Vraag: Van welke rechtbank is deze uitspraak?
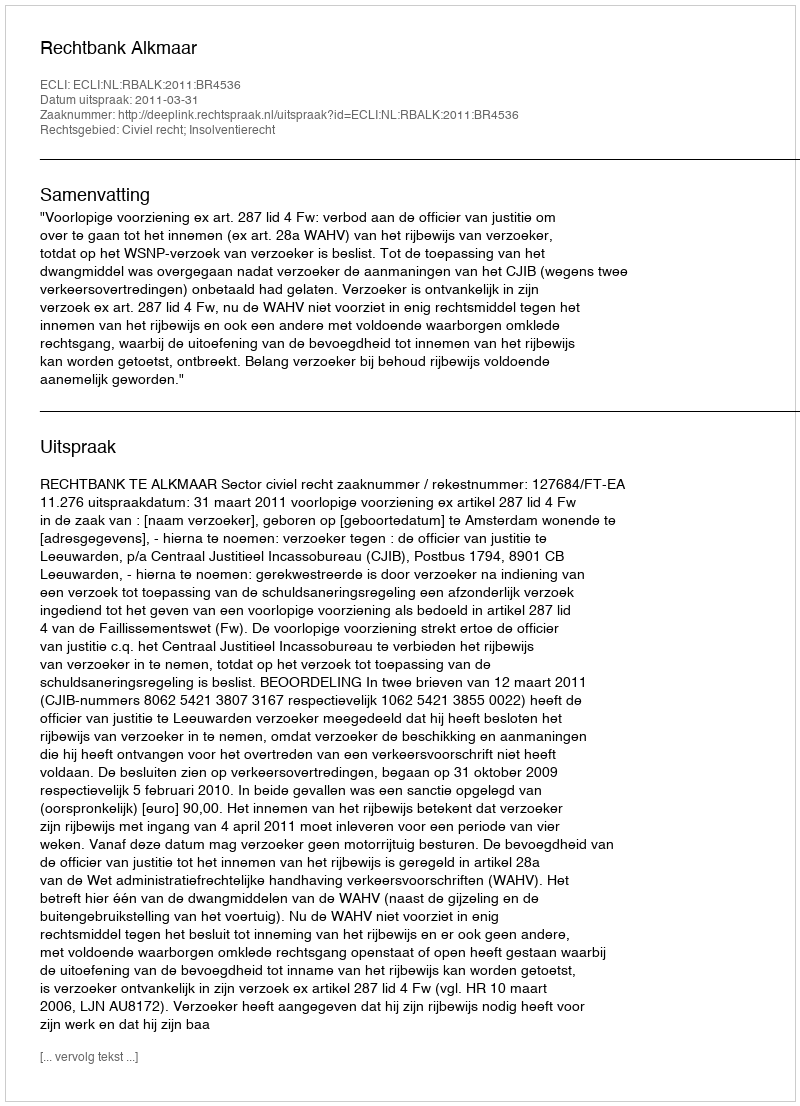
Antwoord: Rechtbank Alkmaar